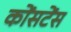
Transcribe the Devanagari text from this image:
कोंसटेंस